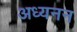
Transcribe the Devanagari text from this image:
अध्यनन